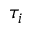
\tau _ { i }